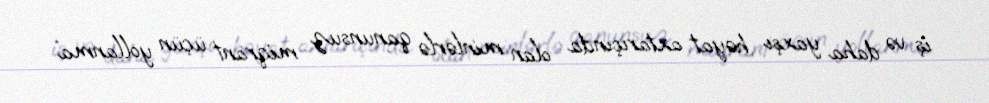
iş və daha yaxşı həyat axtarışında olan minlərlə qanunsuz miqrant üçün yollanma